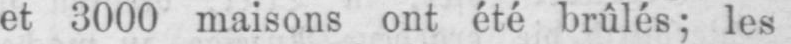
et 3000 maisons ont été brûlés; les